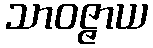
သာဝဇ္ဇာယ